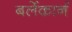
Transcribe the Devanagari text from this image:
बर्लेकार्न